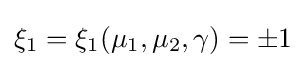
\xi _{1}=\xi _{1}(\mu _{1},\mu _{2},\gamma )=\pm 1